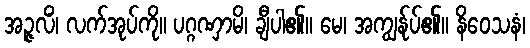
အဉ္ဇလိံ၊ လက်အုပ်ကို။ ပဂ္ဂဏှာမိ၊ ချီပါ၏။ မေ၊ အကျွန်ုပ်၏။ နိဝေသနံ၊